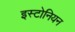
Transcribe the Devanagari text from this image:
इस्टोनियन